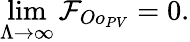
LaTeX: \operatorname*{lim}_{\Lambda\to\infty}\mathcal{F}_{Oo_{PV}}=0.